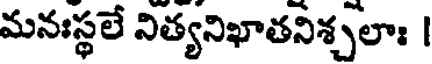
మనఃస్థలే నిత్యనిఖాతనిశ్చలాః |